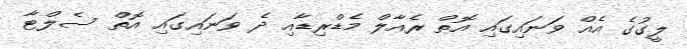
ލީގުގެ އެއް ވަނައިގައި އޮތް ރެއާލް މެޑްރިޑާއި ދެ ވަނައިގައި އޮތް ސެލްޓާ